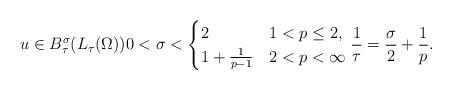
LaTeX: \begin{align*}u \in B^{\sigma}_{\tau}(L_{\tau}(\Omega)) 0 < \sigma < \begin{cases} 2 & 1<p \leq 2,\\1 + \frac{1}{p-1} & 2 < p < \infty\\\end{cases} \frac{1}{\tau} = \frac{\sigma}{2} + \frac{1}{p}.\end{align*}